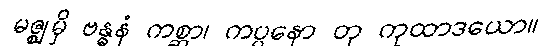
မဇ္ဈမှိ ဗန္ဓနံ ကစ္ဆာ၊ ကပ္ပနော တု ကုထာဒယော။